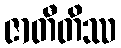
ဇာတီတိဿ